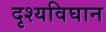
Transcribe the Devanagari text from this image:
दृश्यविघान